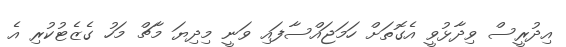
އިދުރީސް ވިދާޅުވީ އެގޮތަށް ހަމަޖައްސާފައި ވަނީ މިދިޔަ މާޗް މަހު ގެޒެޓުކުރި އެ